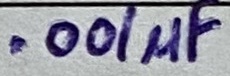
Text: .001µF